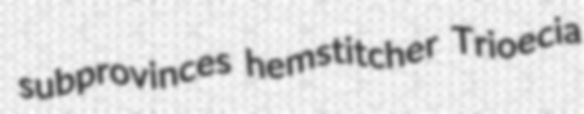
subprovinces hemstitcher Trioecia